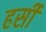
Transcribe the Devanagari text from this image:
हर्सी